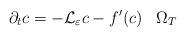
LaTeX: \begin{align*} \partial_tc = -\mathcal{L}_\varepsilon c - f^\prime(c)\;\;\;\Omega_T \end{align*}